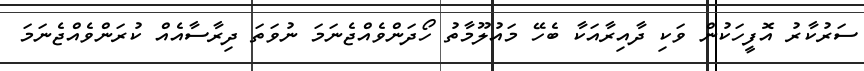
ސަރުކާރު އޮފީހަކުން ވަކި ދާއިރާއަކާ ބެހޭ މައުލޫމާތު ހޯދަންވެއްޖެނަމަ ނުވަތަ ދިރާސާއެއް ކުރަންވެއްޖެނަމަ